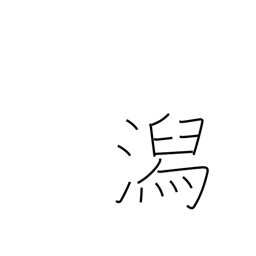
Meaning: lagoon